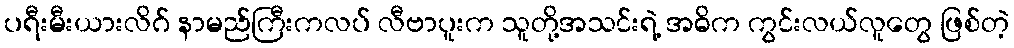
ပရီးမီးယားလိဂ် နာမည်ကြီးကလပ် လီဗာပူးက သူတို့အသင်းရဲ့ အဓိက ကွင်းလယ်လူတွေ ဖြစ်တဲ့